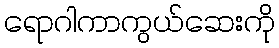
ရောဂါကာကွယ်ဆေးကို